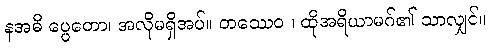
နအဓိ ပ္ပေတော၊ အလိုမရှိအပ်။ တဿေဝ ၊ ထိုအရိယာမဂ်၏ သာလျှင်။